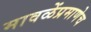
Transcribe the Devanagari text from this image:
मावळेंप्रमाणेच